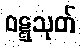
ဝဋ္ဋသုတ်